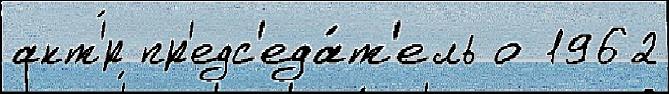
акт'́р пр'едс'еда́т'ель о 1962